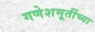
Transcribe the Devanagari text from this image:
गणेशमूर्तीच्या